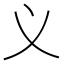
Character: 义